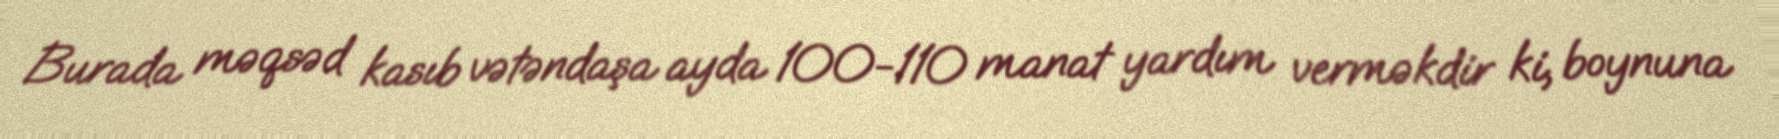
Burada məqsəd kasıb vətəndaşa ayda 100-110 manat yardım verməkdir ki, boynuna